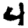
Digit: 4